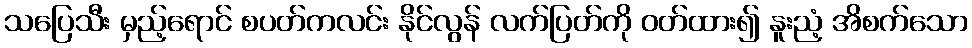
သပြေသီး မှည့်ရောင် စပတ်ကလင်း နိုင်လွန် လက်ပြတ်ကို ဝတ်ထား၍ နူးညံ့ အိစက်သော